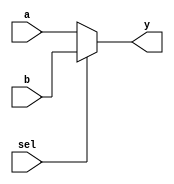
`timescale 1ns/1ps

module mux2 #(parameter WIDTH = 32) (
    input wire [WIDTH-1:0]a,b,
    input wire sel,
    output wire [WIDTH-1:0]y
);
    assign y = (sel==1'b0) ? a : b; // 0a1b
endmodule